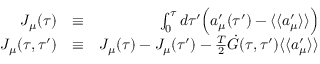
\begin{array} { r l r } { J _ { \mu } ( \tau ) } & { \equiv } & { \int _ { 0 } ^ { \tau } d \tau ^ { \prime } \Bigl ( a _ { \mu } ^ { \prime } ( \tau ^ { \prime } ) - \langle \langle a _ { \mu } ^ { \prime } \rangle \rangle \Bigr ) } \\ { { \cal J } _ { \mu } ( \tau , \tau ^ { \prime } ) } & { \equiv } & { J _ { \mu } ( \tau ) - J _ { \mu } ( \tau ^ { \prime } ) - \frac { T } { 2 } \dot { G } ( \tau , \tau ^ { \prime } ) \langle \langle a _ { \mu } ^ { \prime } \rangle \rangle } \end{array}